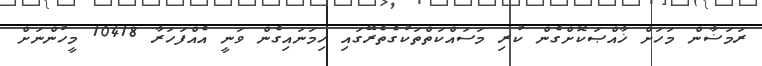
ރަމަޟާން މަަހަށް ޚާއްޞަކޮށްގެން ކުރި މަސައްކަތްތަކުގެތެރޭގައި ހިމަނައިގެން ވަނީ އެއްފަހަރާ 10418 މީހުންނަށް